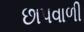
છાપવાળી